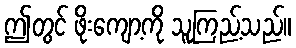
ဤတွင် ဖိုးကျော့ကို သူကြည့်သည်။